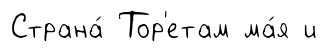
Страна́ Тор'етам ма́я и